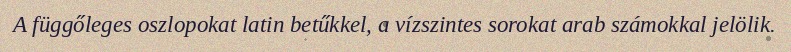
A függőleges oszlopokat latin betűkkel, a vízszintes sorokat arab számokkal jelölik.